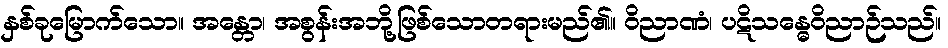
နှစ်ခုမြောက်သော။ အန္တော၊ အစွန်းအဘို့ဖြစ်သောတရားမည်၏။ ဝိညာဏံ၊ ပဋိသန္ဓေဝိညာဉ်သည်။